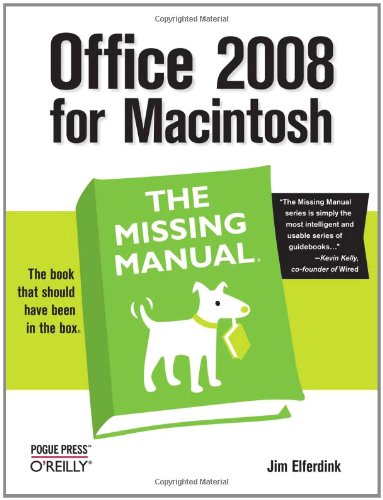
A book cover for Office 2008 for Macintosh: The Missing Manual; Jim Elferdink; Computers & Technology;